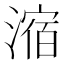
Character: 㴼